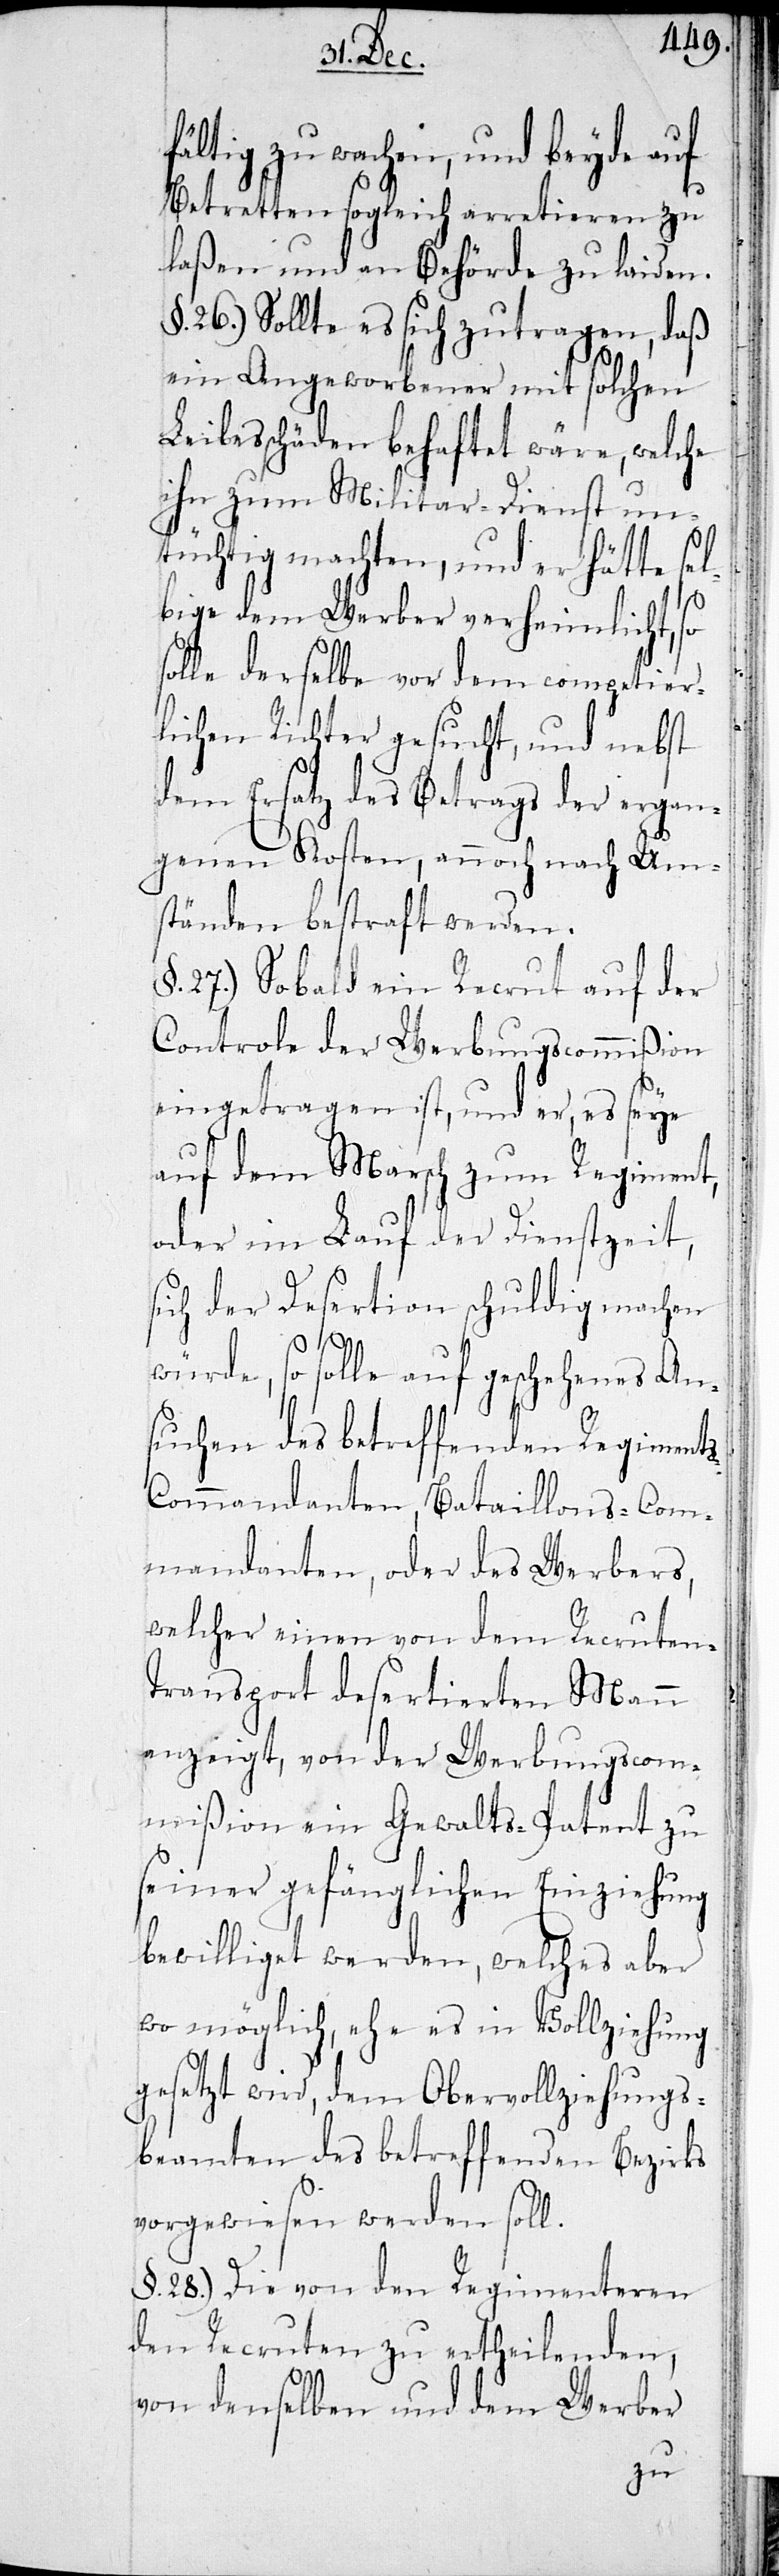
fältig zu wachen, und beyde auf
Betretten sogleich arretieren zu
laßen und an Behörde zu laiden.
§. 26.) Sollte es sich zutragen, daß
ein Angeworbener mit solchen
Leibesschäden behaftet wäre, welche
ihn zum Militar-Dienst un¬
tüchtig machten, und er hätte sel¬
s-C¬
bige dem Werber verheimlicht, so
solle derselbe vor dem competier¬
lichen Richter gesucht, und nebst
dem Ersatz des Betrags der ergan¬
genen Kosten, annoch nach Um¬
ständen bestraft werden.
27.) Sobald ein Recrut auf der
Controle der Werbungscommißion
eingetragen ist, und er, es seye
auf dem Marsch zum Regiment,
oder im Lauf der Dienstzeit,
sich der Desertion schuldig machen
würde, so solle auf geschehenes An¬
suchen des betreffenden Regiment¬
ommandanten, Bataillons-Com¬
mandanten, oder des Werbers,
welcher einen von dem Recruten-T¬
ransport desertierten Mann
anzeigt, von der Werbungscom¬
mißion ein Gewalts-Patent zu
seiner gefänglichen Einziehung
bewilliget werden, welches aber
womöglich, ehe es in Vollziehung
gesetzt wird, dem Obervollziehungs¬
beamten des betreffenden Bezirks
vorgewiesen werden soll.
§. 28.) Die von den Regimenteren
den Recruten zu ertheilenden,
von denselben und dem Werber